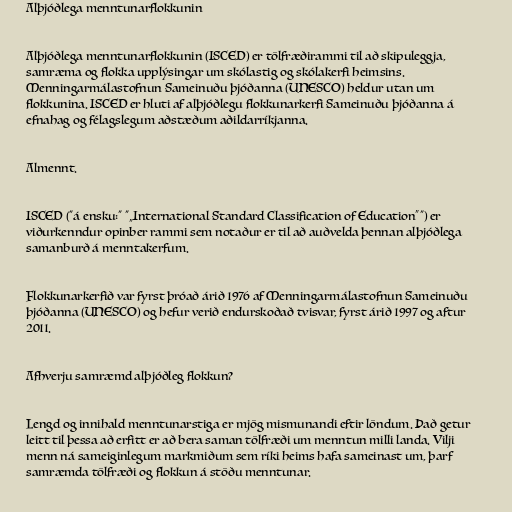
Alþjóðlega menntunarflokkunin

Alþjóðlega menntunarflokkunin (ISCED) er tölfræðirammi til að skipuleggja,
samræma og flokka upplýsingar um skólastig og skólakerfi heimsins.
Menningarmálastofnun Sameinuðu þjóðanna (UNESCO) heldur utan um
flokkunina. ISCED er hluti af alþjóðlegu flokkunarkerfi Sameinuðu þjóðanna á
efnahag og félagslegum aðstæðum aðildarríkjanna.

Almennt.

ISCED ("á ensku:" "„International Standard Classification of Education“") er
viðurkenndur opinber rammi sem notaður er til að auðvelda þennan alþjóðlega
samanburð á menntakerfum.

Flokkunarkerfið var fyrst þróað árið 1976 af Menningarmálastofnun Sameinuðu
þjóðanna (UNESCO) og hefur verið endurskoðað tvisvar, fyrst árið 1997 og aftur
2011.

Afhverju samræmd alþjóðleg flokkun?

Lengd og innihald menntunarstiga er mjög mismunandi eftir löndum. Það getur
leitt til þessa að erfitt er að bera saman tölfræði um menntun milli landa. Vilji
menn ná sameiginlegum markmiðum sem ríki heims hafa sameinast um, þarf
samræmda tölfræði og flokkun á stöðu menntunar.